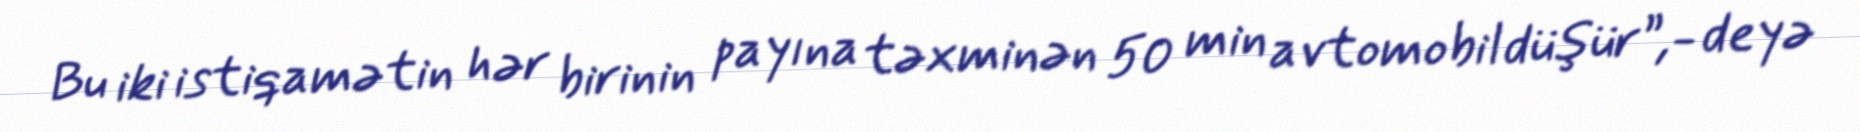
Bu iki istiqamətin hər birinin payına təxminən 50 min avtomobil düşür”,- deyə